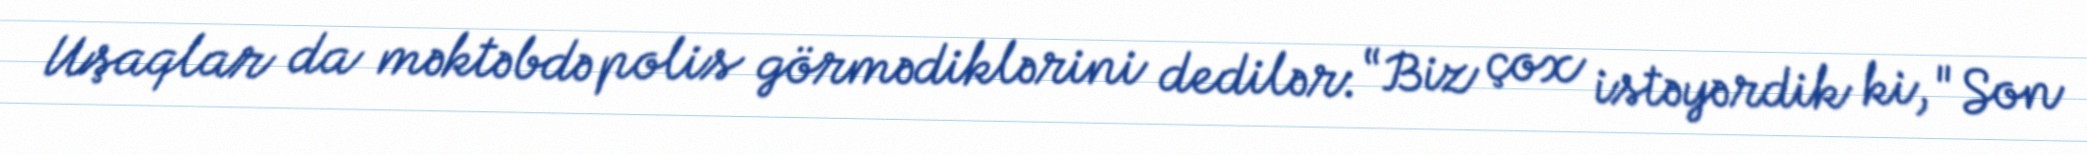
Uşaqlar da məktəbdə polis görmədiklərini dedilər: “Biz çox istəyərdik ki, "Son